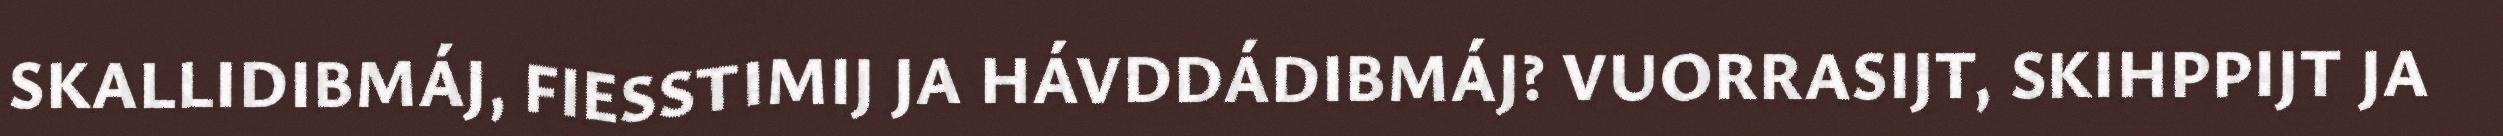
SKALLIDIBMÁJ, FIESSTIMIJ JA HÁVDDÁDIBMÁJ? VUORRASIJT, SKIHPPIJT JA